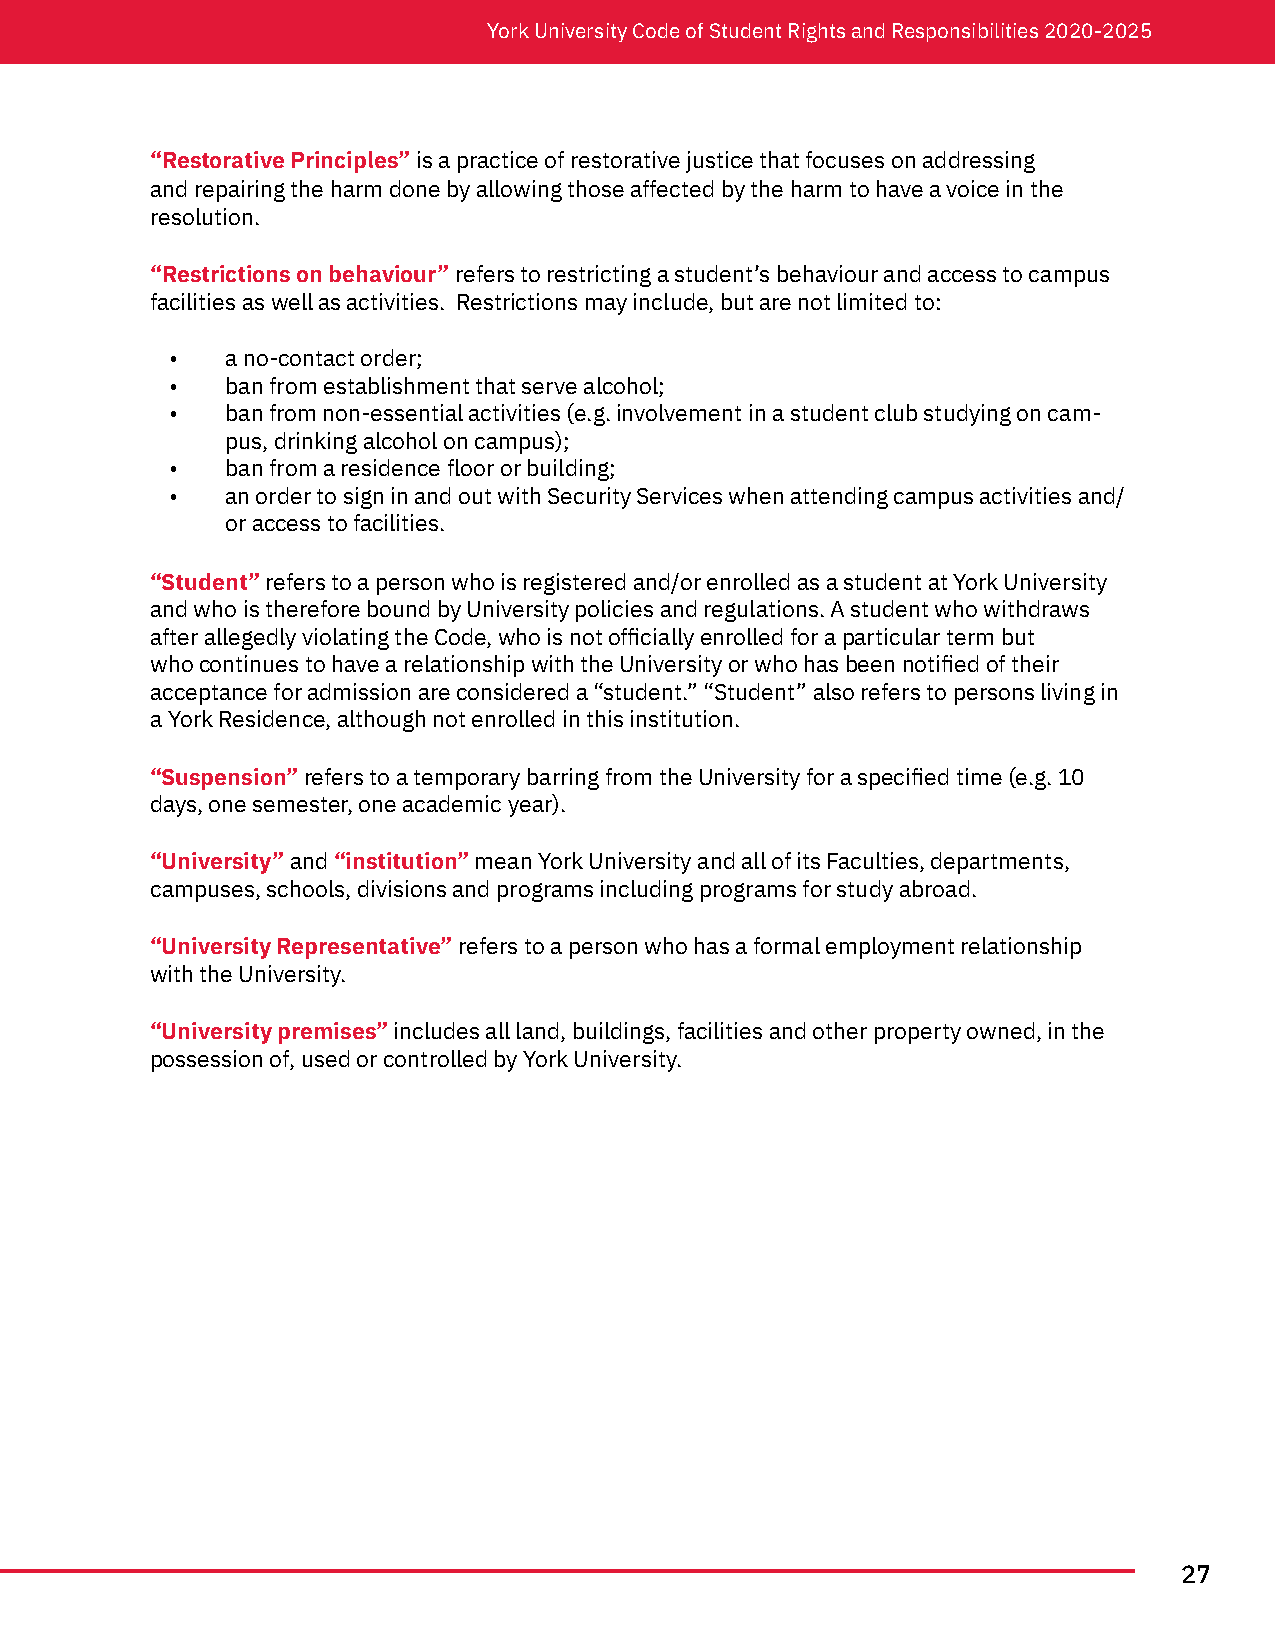
York University Code of Student Rights and Responsibilities 2020-2025
 “Restorative Principles” is a practice of restorative justice that focuses on addressing
 and repairing the harm done by allowing those affected by the harm to have a voice in the
 resolution.
 “Restrictions on behaviour” refers to restricting a student’s behaviour and access to campus
 facilities as well as activities. Restrictions may include, but are not limited to:
 •   a no-contact order;
 •   ban from establishment that serve alcohol;
 •   ban from non-essential activities (e.g. involvement in a student club studying on cam-
 pus, drinking alcohol on campus);
 •   ban from a residence floor or building;
 •   an order to sign in and out with Security Services when attending campus activities and/
 or access to facilities.
 “Student” refers to a person who is registered and/or enrolled as a student at York University
 and who is therefore bound by University policies and regulations. A student who withdraws
 after allegedly violating the Code, who is not officially enrolled for a particular term but
 who continues to have a relationship with the University or who has been notified of their
 acceptance for admission are considered a “student.” “Student” also refers to persons living in
 a York Residence, although not enrolled in this institution.
 “Suspension” refers to a temporary barring from the University for a specified time (e.g. 10
 days, one semester, one academic year).
 “University” and “institution” mean York University and all of its Faculties, departments,
 campuses, schools, divisions and programs including programs for study abroad.
 “University Representative” refers to a person who has a formal employment relationship
 with the University.
 “University premises” includes all land, buildings, facilities and other property owned, in the
 possession of, used or controlled by York University.
 27